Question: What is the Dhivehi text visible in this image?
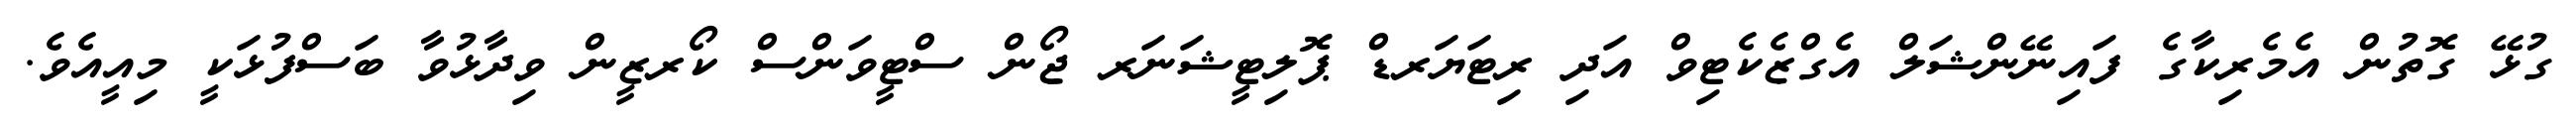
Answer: ގުޅޭ ގޮތުން އެމެރިކާގެ ފައިނޭންޝަލް އެގްޒެކެޓިވް އަދި ރިޓަޔަރޑް ޕޮލިޓީޝަނަރ ޖޯން ސްޓީވަންސް ކޯރޒީން ވިދާޅުވާ ބަސްފުޅަކީ މިއީއެވެ.